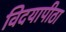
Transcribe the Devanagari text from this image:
विदयापीठा